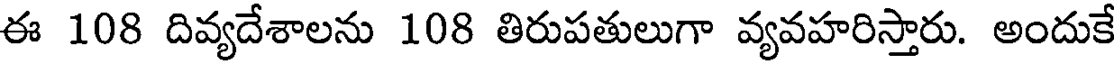
ఈ 108 దివ్యదేశాలను 108 తిరుపతులుగా వ్యవహరిస్తారు. అందుకే